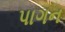
પાગન